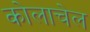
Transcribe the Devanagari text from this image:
कोलाचेल